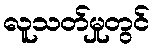
လူသတ်မှုတွင်